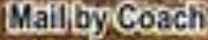
Mail by Coach